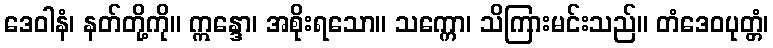
ဒေဝါနံ၊ နတ်တို့ကို။ ဣန္ဒော၊ အစိုးရသော။ သက္ကော၊ သိကြားမင်းသည်။ တံဒေဝပုတ္တံ၊